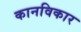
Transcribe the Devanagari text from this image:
कानविकार